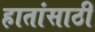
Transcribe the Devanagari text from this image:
हातांसाठी